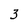
Character: 3